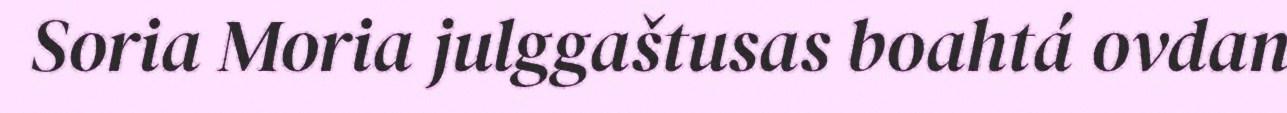
Soria Moria julggaštusas boahtá ovdan